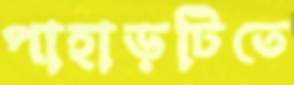
পাহাড়টিতে